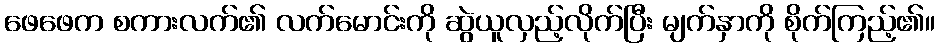
ဖေဖေက စကားလက်၏ လက်မောင်းကို ဆွဲယူလှည့်လိုက်ပြီး မျက်နှာကို စိုက်ကြည့်၏။